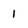
Character: 1